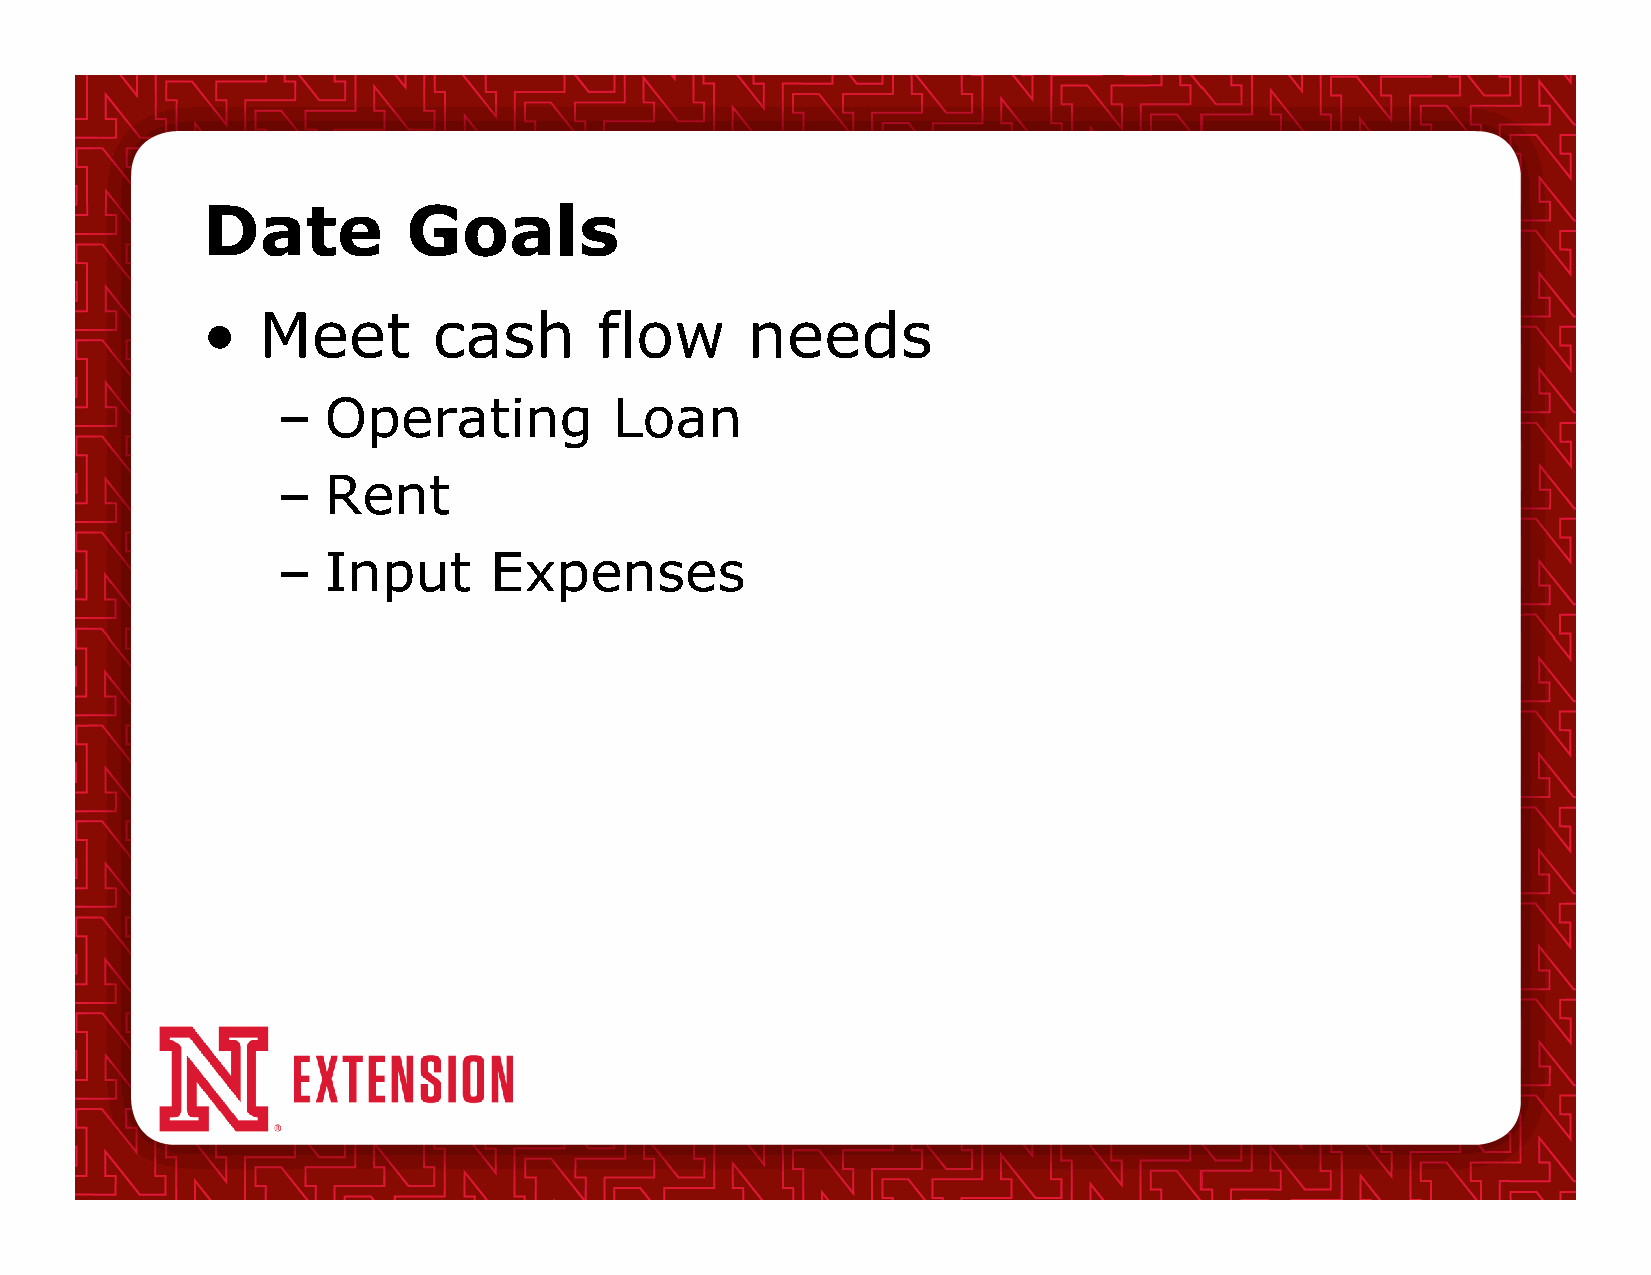
Date          Goals
 •   Meet        cash       flow     needs
 –  Operating           Loan
 –  Rent
 –  Input      Expenses